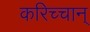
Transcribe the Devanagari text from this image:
करिच्चान्‌